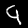
Digit: 9